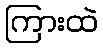
ကြားထဲ